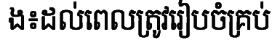
ង៖ដល់ពេលត្រូវរៀបចំគ្រប់